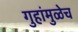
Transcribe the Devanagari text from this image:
गुहांमुळेच